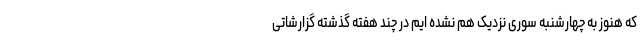
که هنوز به چهارشنبه سوری نزدیک هم نشده ایم در چند هفته گذشته گزارشاتی